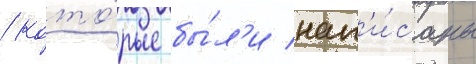
/ кото́рые бы́л'и нап'и́саны